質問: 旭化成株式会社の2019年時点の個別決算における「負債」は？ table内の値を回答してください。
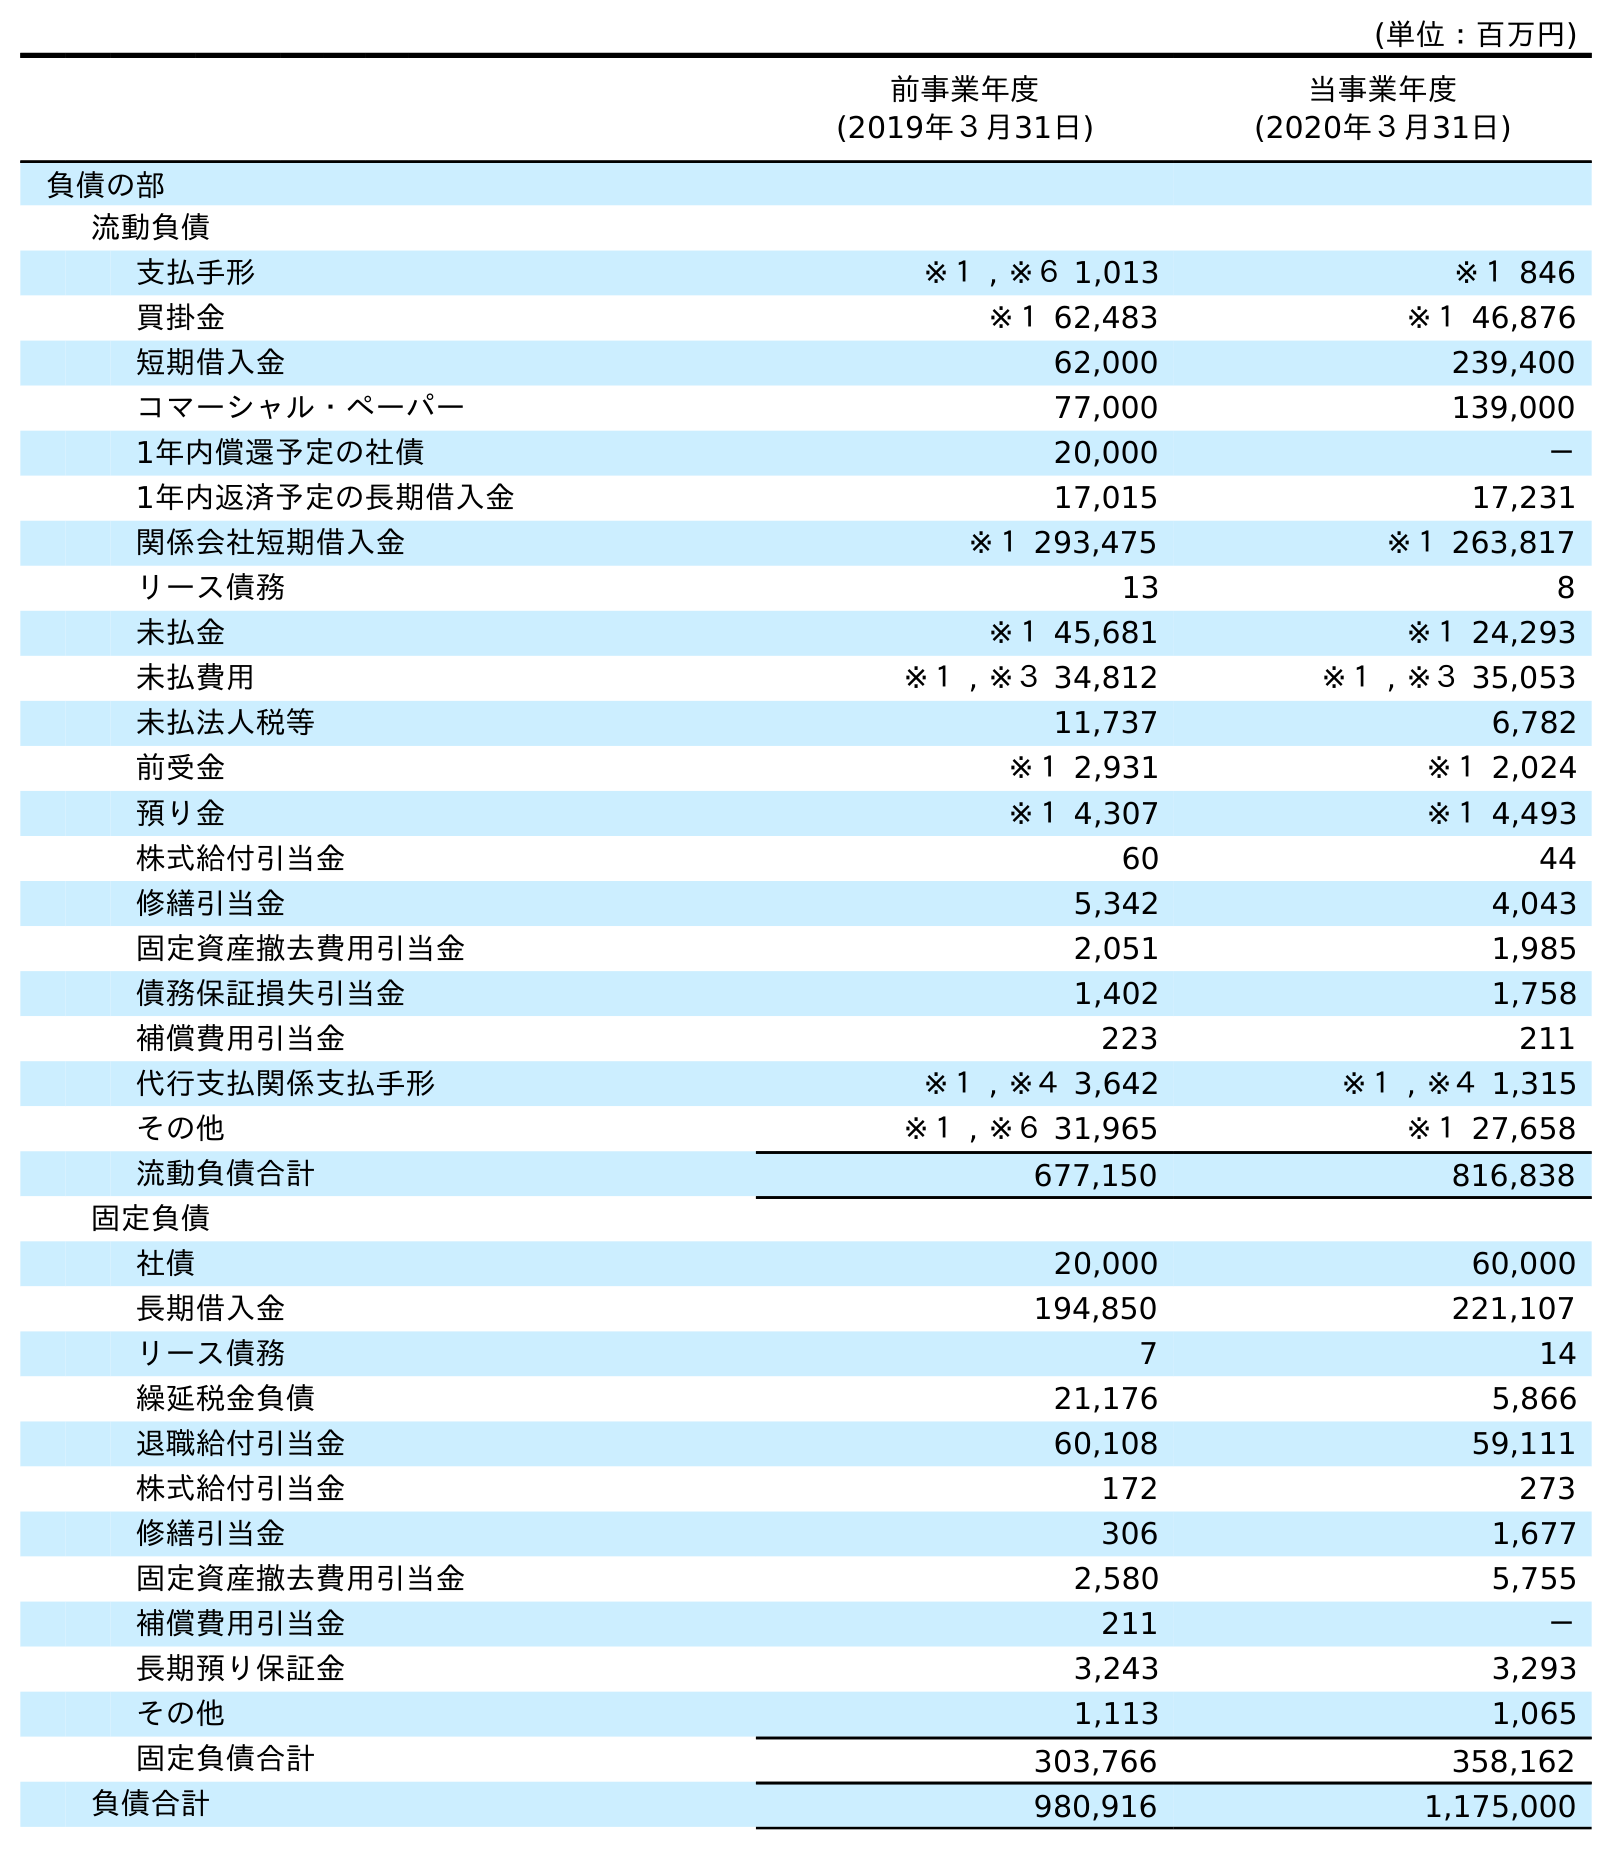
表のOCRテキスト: (単位：百万円) 前事業年度 (2019年３月31日) 当事業年度 (2020年３月31日) 負債の部 流動負債 支払手形 ※１ , ※６ 1,013 ※１ 846 買掛金 ※１ 62,483 ※１ 46,876 短期借入金 62,000 239,400 コマーシャル・ペーパー 77,000 139,000 1年内償還予定の社債 20,000 － 1年内返済予定の長期借入金 17,015 17,231 関係会社短期借入金 ※１ 293,475 ※１ 263,817 リース債務 13 8 未払金 ※１ 45,681 ※１ 24,293 未払費用 ※１ , ※３ 34,812 ※１ , ※３ 35,053 未払法人税等 11,737 6,782 前受金 ※１ 2,931 ※１ 2,024 預り金 ※１ 4,307 ※１ 4,493 株式給付引当金 60 44 修繕引当金 5,342 4,043 固定資産撤去費用引当金 2,051 1,985 債務保証損失引当金 1,402 1,758 補償費用引当金 223 211 代行支払関係支払手形 ※１ , ※４ 3,642 ※１ , ※４ 1,315 その他 ※１ , ※６ 31,965 ※１ 27,658 流動負債合計 677,150 816,838 固定負債 社債 20,000 60,000 長期借入金 194,850 221,107 リース債務 7 14 繰延税金負債 21,176 5,866 退職給付引当金 60,108 59,111 株式給付引当金 172 273 修繕引当金 306 1,677 固定資産撤去費用引当金 2,580 5,755 補償費用引当金 211 － 長期預り保証金 3,243 3,293 その他 1,113 1,065 固定負債合計 303,766 358,162 負債合計 980,916 1,175,000
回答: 980,916